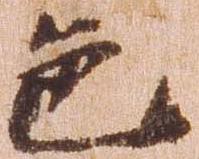
色